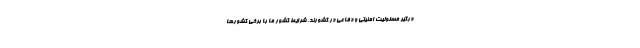
درگیر مسئولیت امنیتی و دفاعی در کشورند. شرایط کشور ما با برخی کشورها